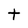
Character: t